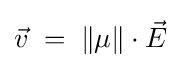
{\textstyle {\vec {v}}\;=\;\left\Vert \mu \right\Vert \cdot {\vec {E}}}